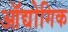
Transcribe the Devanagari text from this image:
ऑद्योगिक